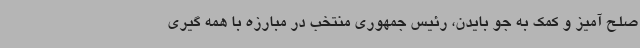
صلح آمیز و کمک به جو بایدن، رئیس جمهوری منتخب در مبارزه با همه گیری